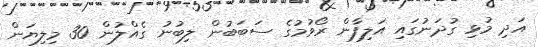
އަދި މުޅި ގުދަނުގައި އަލިފާން ރޯވުމުގެ ސަބަބުން ލިބުނު ގެއްލުން 30 މިލިޔަން